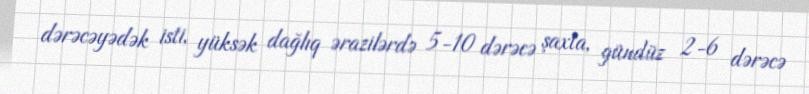
dərəcəyədək isti, yüksək dağlıq ərazilərdə 5-10 dərəcə şaxta, gündüz 2-6 dərəcə